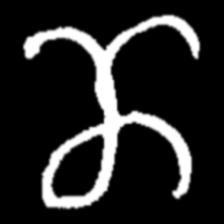
Pyu character \u2014 Myanmar letter: ဏ (romanized: nna)